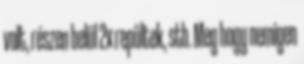
volt, részen belül 2x repültek, stb. Meg hogy nemigen